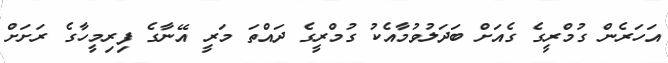
އަހަރެން ގުމްރީގެ ގެއަށް ބަދަލުވުމާއެކު ގުމްރީގެ ދައްތަ މަރީ އޭނާގެ ފިރިމީހާގެ ރަށަށް